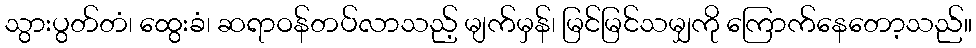
သွားပွတ်တံ၊ ထွေးခံ၊ ဆရာဝန်တပ်လာသည့် မျက်မှန်၊ မြင်မြင်သမျှကို ကြောက်နေတော့သည်။